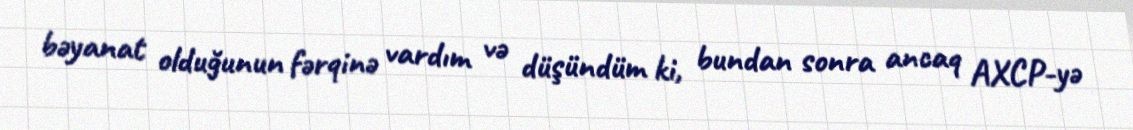
bəyanat olduğunun fərqinə vardım və düşündüm ki, bundan sonra ancaq AXCP-yə